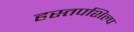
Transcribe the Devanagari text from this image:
हस्तपशिल्प